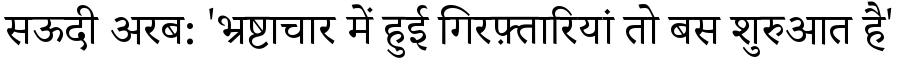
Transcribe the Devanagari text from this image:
सऊदी अरब: 'भ्रष्टाचार में हुई गिरफ़्तारियां तो बस शुरुआत है'